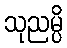
သုညမ္ပိ